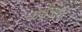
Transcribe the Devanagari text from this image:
वाई४१२